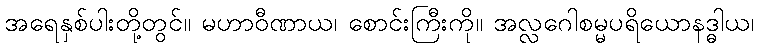
အရေနှစ်ပါးတို့တွင်။ မဟာဝီဏာယ၊ စောင်းကြီးကို။ အလ္လဂေါစမ္မပရိယောနဒ္ဓါယ၊